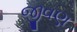
જીવણ